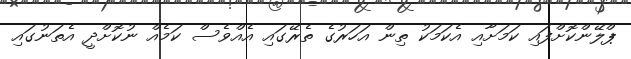
ޕްލޭންކޮށްފައި ކަމަށާއި އެކަމަކު ތިން އަހަރުގެ ތެރޭގައި އެއްވެސް ކަމެއް ނުކޮށްދީ އެތަނުގައި